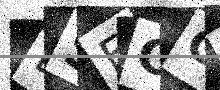
Text: ESFCG8